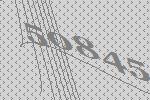
50845